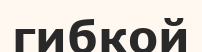
гибкой